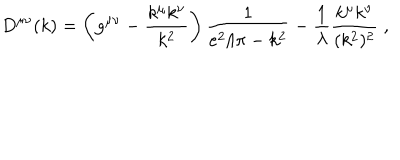
LaTeX: D ^ { \mu \nu } ( k ) = \left( g ^ { \mu \nu } - \frac { k ^ { \mu } k ^ { \nu } } { k ^ { 2 } } \right) \frac { 1 } { e ^ { 2 } / \pi - k ^ { 2 } } - \frac { 1 } { \lambda } \frac { k ^ { \mu } k ^ { \nu } } { ( k ^ { 2 } ) ^ { 2 } } \; ,